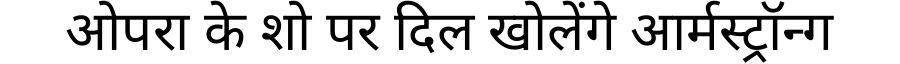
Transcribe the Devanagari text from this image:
ओपरा के शो पर दिल खोलेंगे आर्मस्ट्रॉन्ग